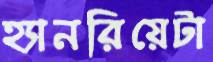
হ্যানরিয়েটা